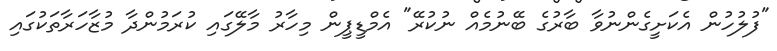
"ފުލުހުން އެކަށީގެންނުވާ ބާރުގެ ބޭނުމެއް ނުކުރޭ" އެމްޑީޕީން މިހާރު މާލޭގައި ކުރަމުންދާ މުޒާހަރާތަކުގައި